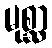
မုစ္ဆာ